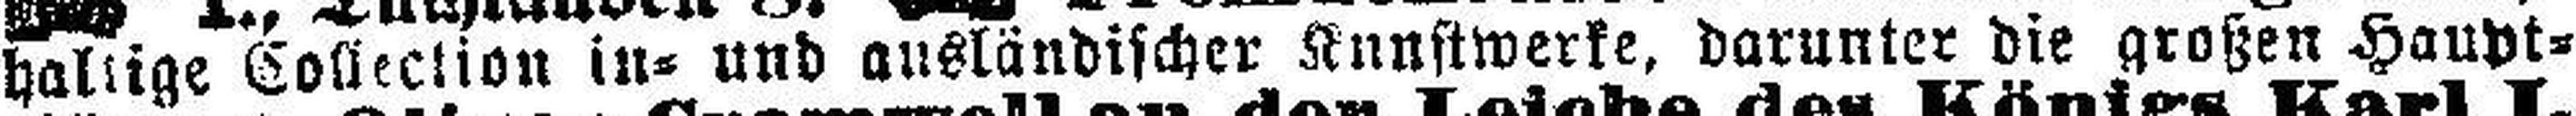
haltige Collection in= und ausländischer Kunstwerke, darunter die großen Haupt¬